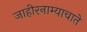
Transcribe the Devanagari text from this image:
जाहीरनाम्याचाते